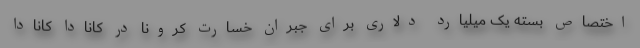
اختصاص بسته یک میلیارد دلاری برای جبران خسارت کرونا در کانادا کانادا